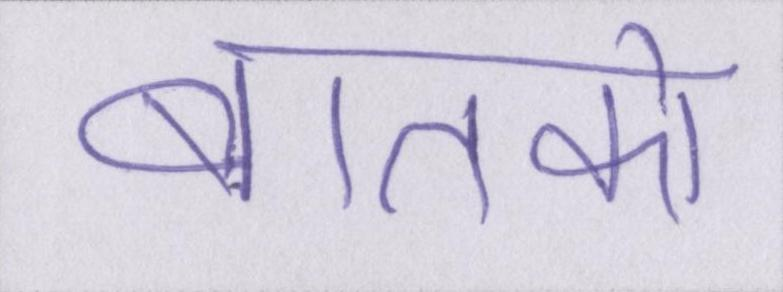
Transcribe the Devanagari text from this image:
बातको